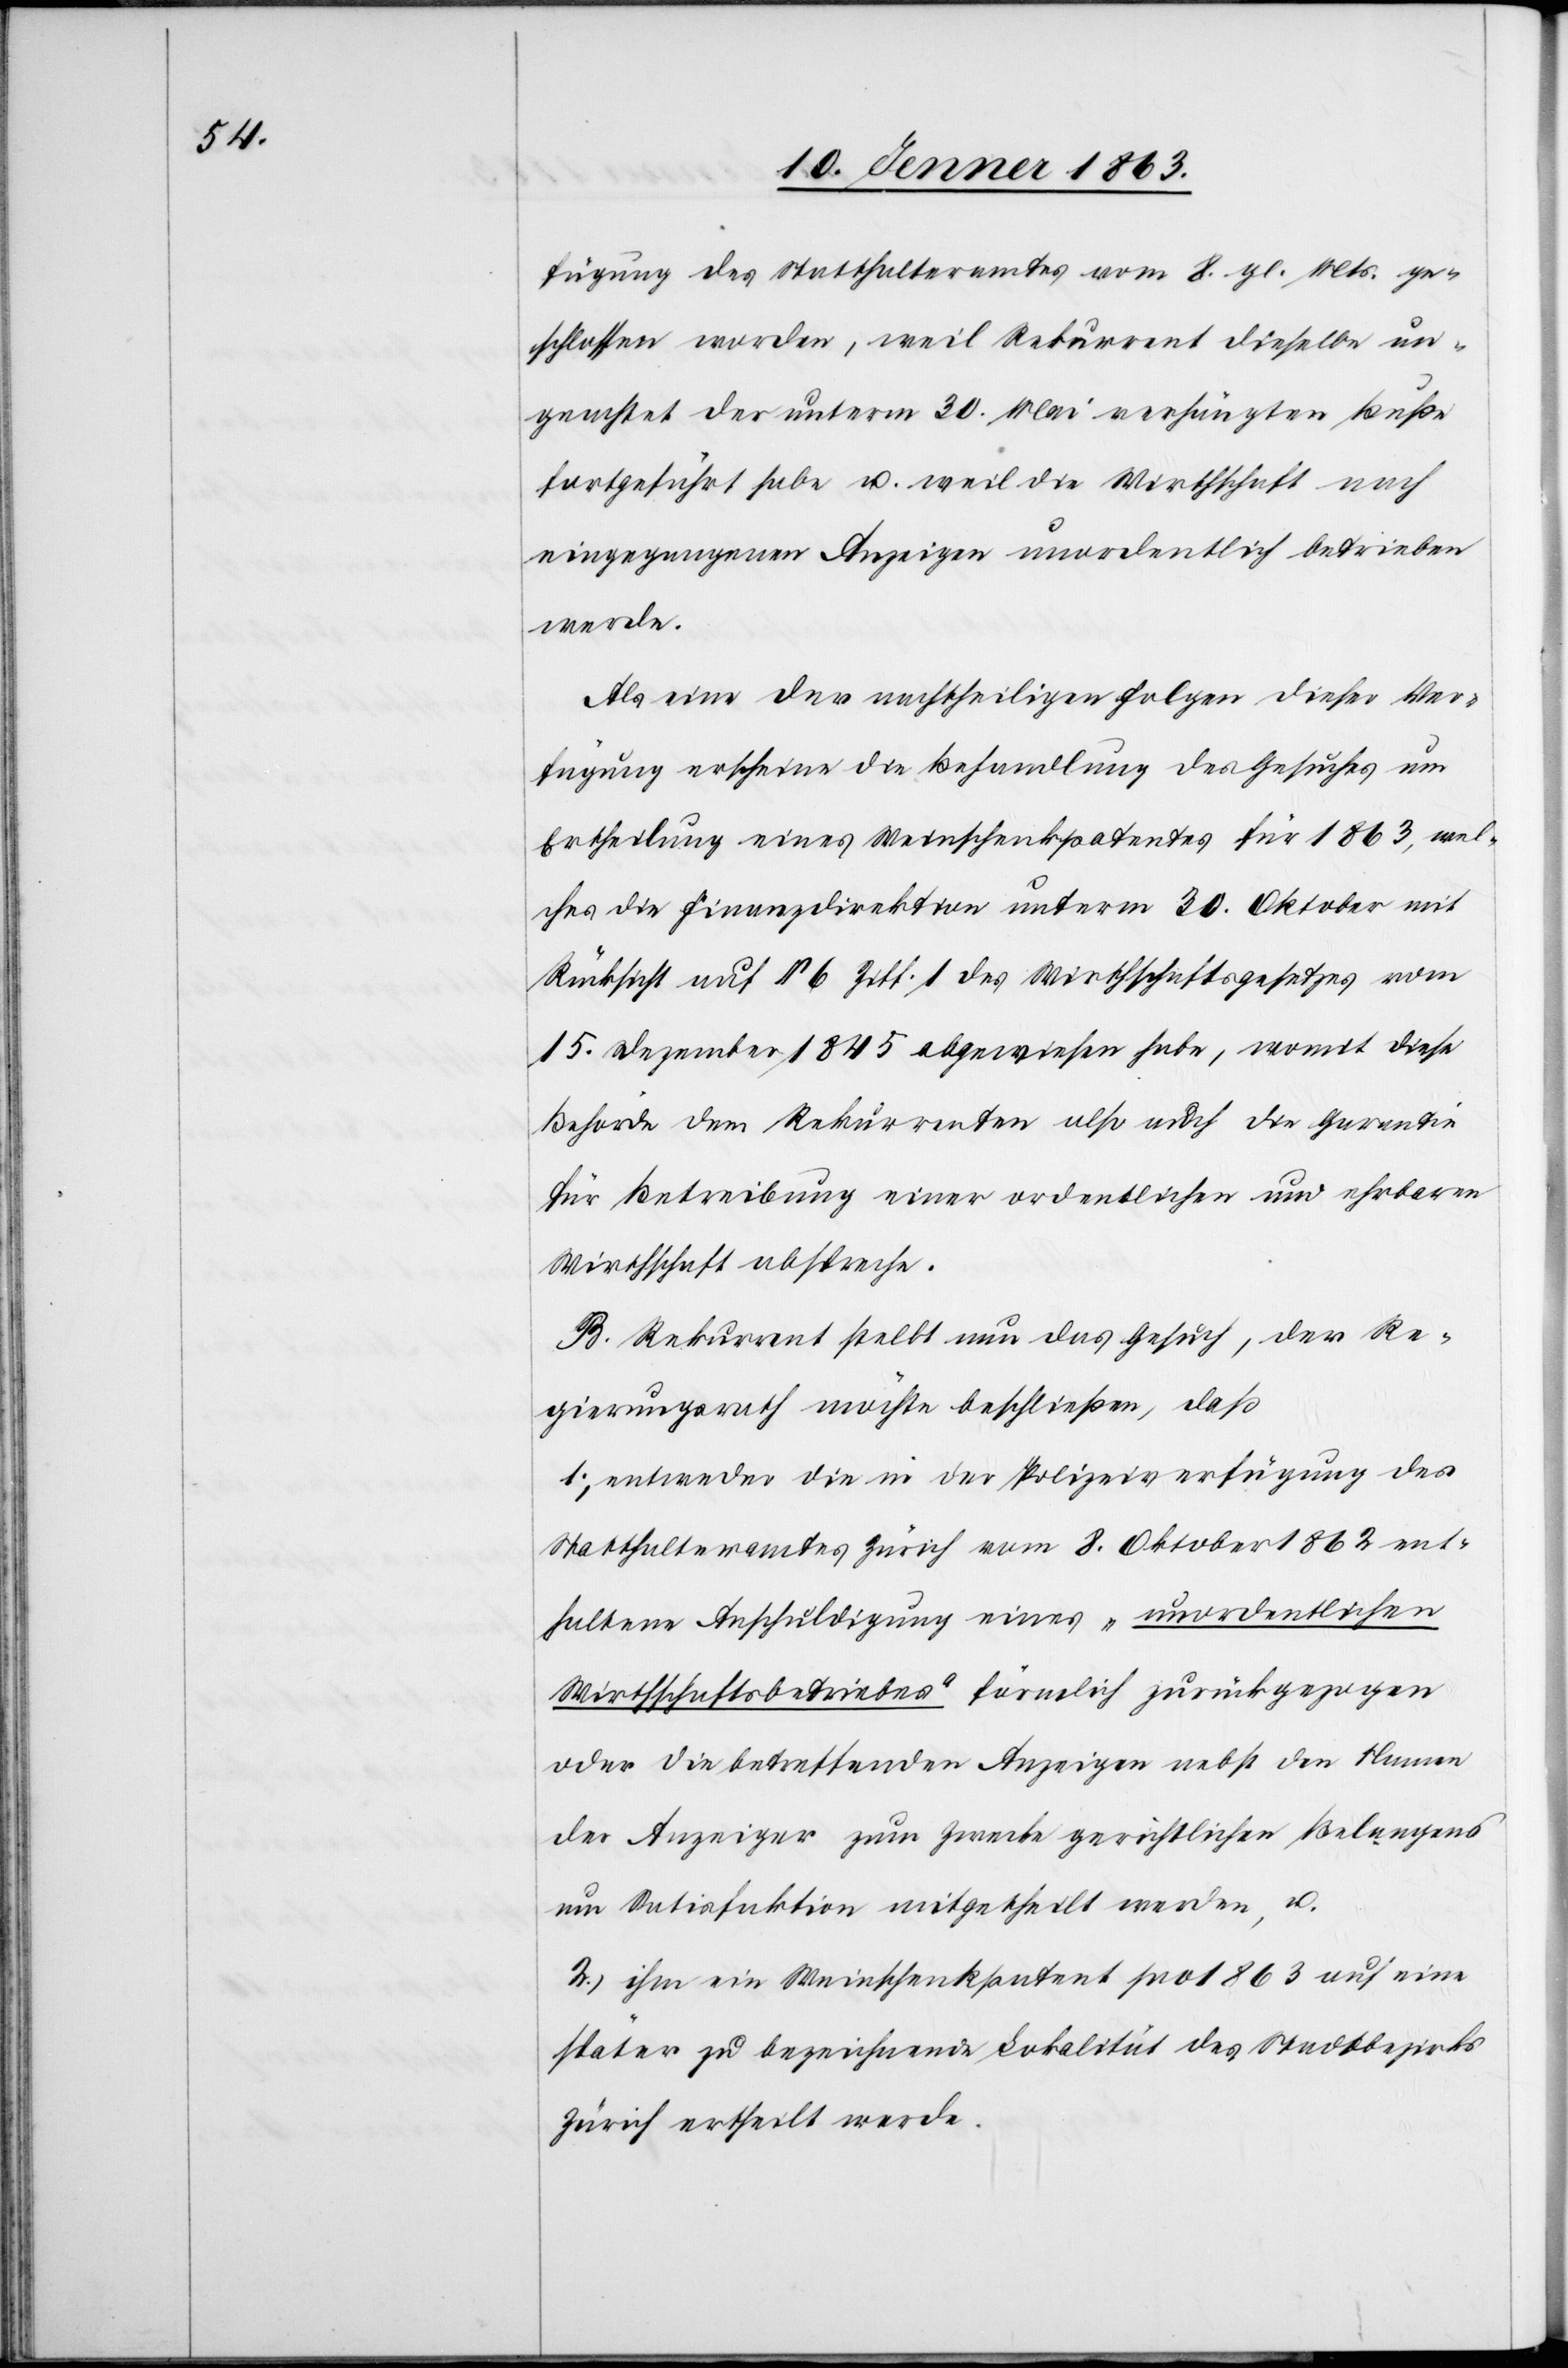
fügung des Statthalteramtes vom 8. gl. Mts. ge¬
schlossen worden, weil Rekurrent dieselbe un¬
geachtet der unterm 30. Mai verhängten Buße
fortgeführt habe u. weil die Wirthschaft nach
eingegangenen Anzeigen unordentlich betrieben
werde.
Als eine der nachtheiligen Folgen dieser Ver¬
fügung erscheine die Behandlung des Gesuches um
Ertheilung eines Weinschenkpatentes für 1863, wel¬
ches die Finanzdirektion unterm 30. Oktober mit
Rücksicht auf § 6 Ziff. 1 des Wirthschaftsgesetzes vom
15. Dezember 1845 abgewiesen habe, womit diese
Behörde dem Rekurrenten also auch die Garantie
für Betreibung einer ordentlichen und ehrbaren
Wirthschaft abspreche.
B. Rekurrent stellt nun das Gesuch, der Re¬
gierungsrath möchte beschließen, daß
1.) entweder die in der Polizeiverfügung des
Statthalteramtes Zürich vom 8. Oktober 1862 ent¬
haltene Anschuldigung eines „unordentlichen
Wirthschaftsbetriebes“ förmlich zurückgezogen
oder die betreffenden Anzeigen nebst den Namen
der Anzeiger zum Zwecke gerichtlichen Belangens
um Satisfaktion mitgetheilt werden u.
2.) ihm ein Weinschenkpatent pro 1863 auf eine
später zu bezeichnende Lokalität des Stadtbezirks
Zürich ertheilt werde.